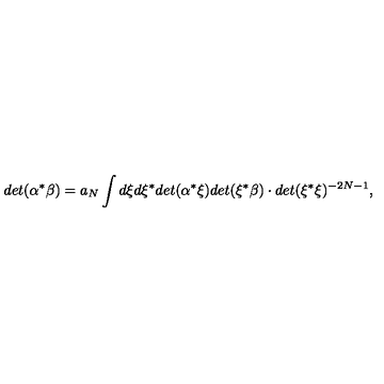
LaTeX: d e t ( \alpha ^ { * } \beta ) = a _ { N } \int d \xi d \xi ^ { * } d e t ( \alpha ^ { * } \xi ) d e t ( \xi ^ { * } \beta ) \cdot d e t ( \xi ^ { * } \xi ) ^ { - 2 N - 1 } ,